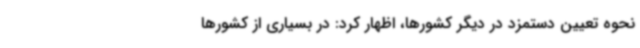
نحوه تعیین دستمزد در دیگر کشورها، اظهار کرد: در بسیاری از کشورها